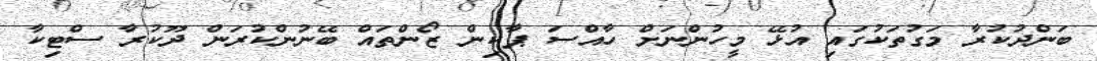
ބަންދުކުރާ މަގުތަކުގައި އުޅޭ މީހުންނަށް ހާއްސަ ޕާކިން ޒޯންތައް ބޭނުންކުރަން ދޫކުރާ ސްޓިކާ